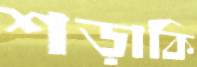
শড়াকি